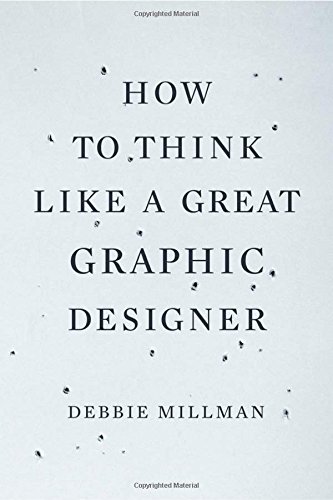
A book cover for How to Think Like a Great Graphic Designer; Debbie Millman; Business & Money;